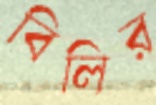
বিলির